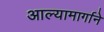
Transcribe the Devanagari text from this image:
आल्यामार्गाने